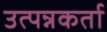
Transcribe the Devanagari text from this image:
उत्पन्नकर्ता